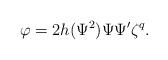
LaTeX: \begin{align*} \varphi = 2 h(\Psi^{2})\Psi \Psi' \zeta^{q}. \end{align*}